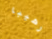
رهيبا